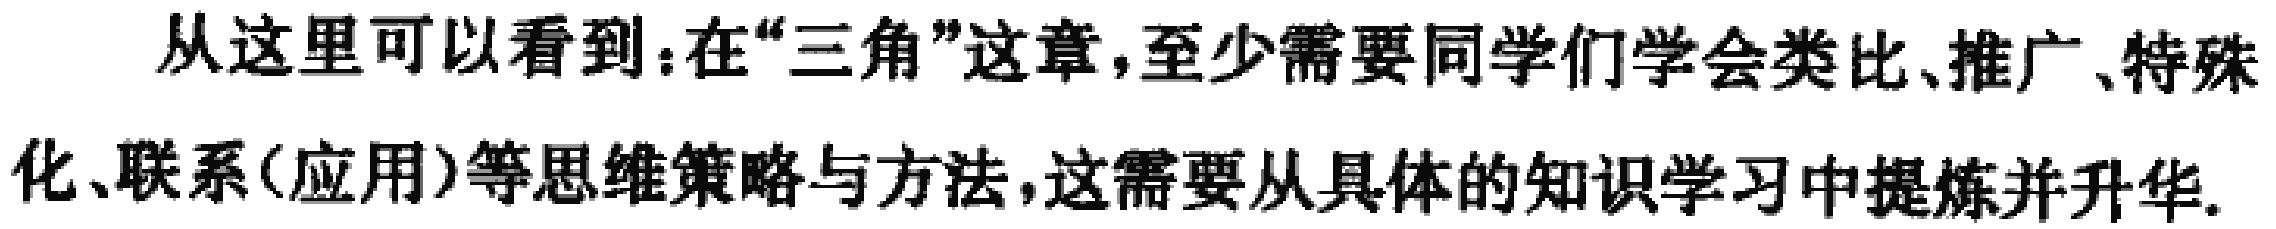
从这里可以看到：在“三角”这章,至少需要同学们学会类比、推广、特殊化、联系(应用)等思维策略与方法,这需要从具体的知识学习中提炼并升华.